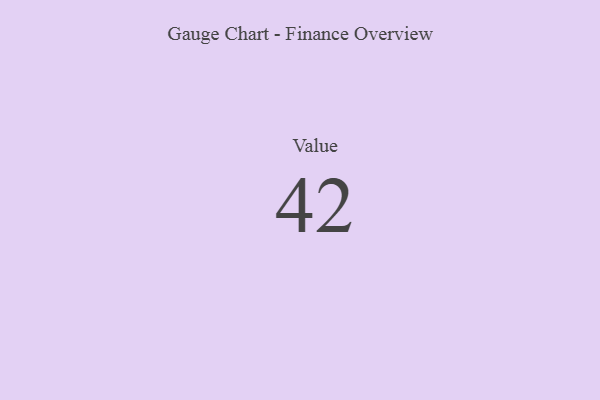
{"axis": {"x": "Metric", "y": "Value"}, "legend": [""], "data": [{"x": "Value", "y": 42, "type": ""}]}